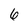
Character: 6